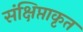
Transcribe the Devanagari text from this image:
संक्षिप्ताकृत